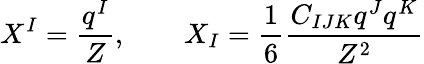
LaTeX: X^{I}=\frac{q^{I}}{Z},\qquad X_{I}=\frac{1}{6}\frac{C_{IJK}q^{J}q^{K}}{Z^{2}}